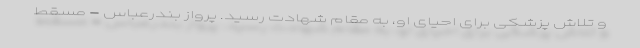
و تلاش پزشکی برای احیای او، به مقام شهادت رسید. پرواز بندرعباس - مسقط